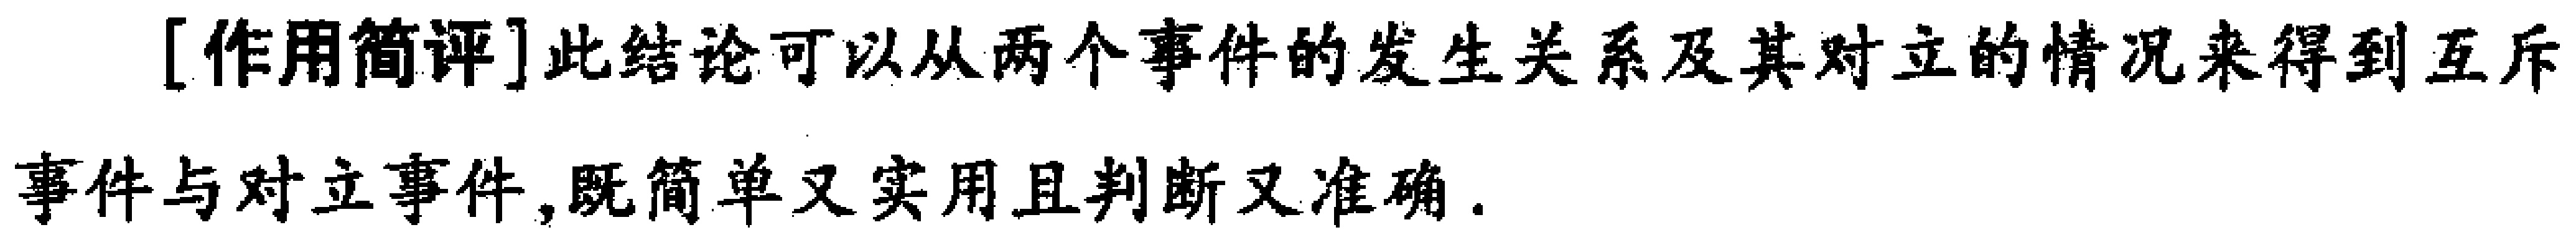
[作用简评]此结论可以从两个事件的发生关系及其对立的情况来得到互斥

事件与对立事件,既简单又实用且判断又准确.